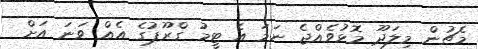
މެޗުން މިލަދޫ މޮޅުވެއްޖެ ނަމަ އެ ޓީމު ގްރޫޕުގެ އެއް ވަނަ އަށް